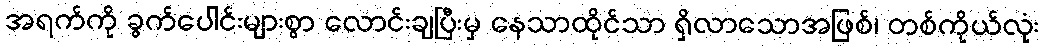
အရက်ကို ခွက်ပေါင်းများစွာ လောင်းချပြီးမှ နေသာထိုင်သာ ရှိလာသောအဖြစ်၊ တစ်ကိုယ်လုံး